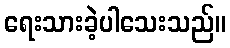
ရေးသားခဲ့ပါသေးသည်။